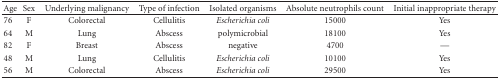
| Age | Sex | Underlying malignancy | Type of infection | Isolated organisms | Absolute neutrophils count | Initial inappropriate therapy |
 | --- | --- | --- | --- | --- | --- | --- |
 | 76 | F | Colorectal | Cellulitis | Escherichia coli | 15000 | Yes |
 | 64 | M | Lung | Abscess | polymicrobial | 18100 | Yes |
 | 82 | F | Breast | Abscess | negative | 4700 | — |
 | 48 | M | Lung | Cellulitis | Escherichia coli | 10100 | Yes |
 | 56 | M | Colorectal | Abscess | Escherichia coli | 29500 | Yes |